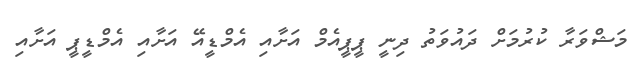
މަޝްވަރާ ކުރުމަށް ދައުވަތު ދިނީ ޕީޕީއެމް އަށާއި އެމްޑީއޭ އަށާއި އެމްޑީޕީ އަށާއި